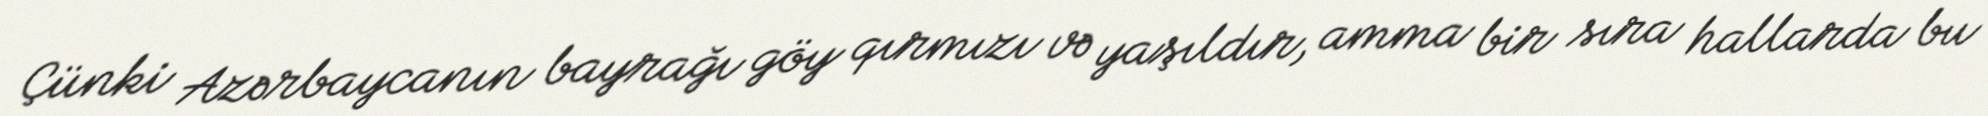
Çünki Azərbaycanın bayrağı göy qırmızı və yaşıldır, amma bir sıra hallarda bu